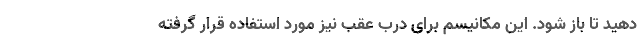
دهید تا باز شود. این مکانیسم برای درب عقب نیز مورد استفاده قرار گرفته